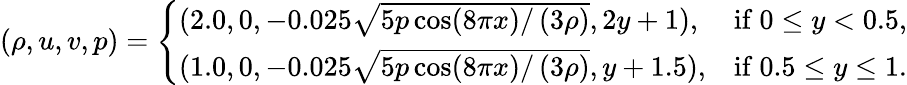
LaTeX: (\rho,u,v,p)=\left\{ \begin{array}{ll}{(2.0,0,-0.025\sqrt{5p\cos(8\pi x)/\left(3\rho\right)},2y+1),}&{\mathrm{if~}0\leq y<0.5,}\\ {(1.0,0,-0.025\sqrt{5p\cos(8\pi x)/\left(3\rho\right)},y+1.5),}&{\mathrm{if~}0.5\leq y\leq 1.}\end{array}\right.